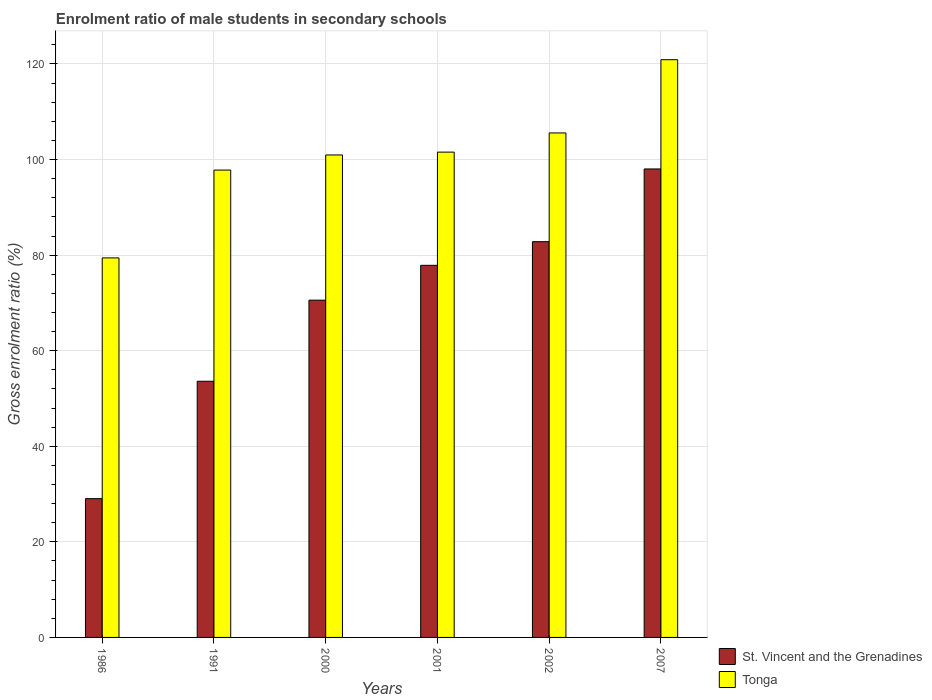
| Years | St. Vincent and the Grenadines | Tonga |
 | --- | --- | --- |
 | 1986 | 29 | 79.4 |
 | 1991 | 53.6 | 97.8 |
 | 2000 | 70.6 | 101 |
 | 2001 | 77.9 | 102 |
 | 2002 | 82.8 | 106 |
 | 2007 | 98 | 121 |